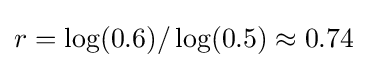
r=\log(0.6)/\log(0.5)\approx 0.74